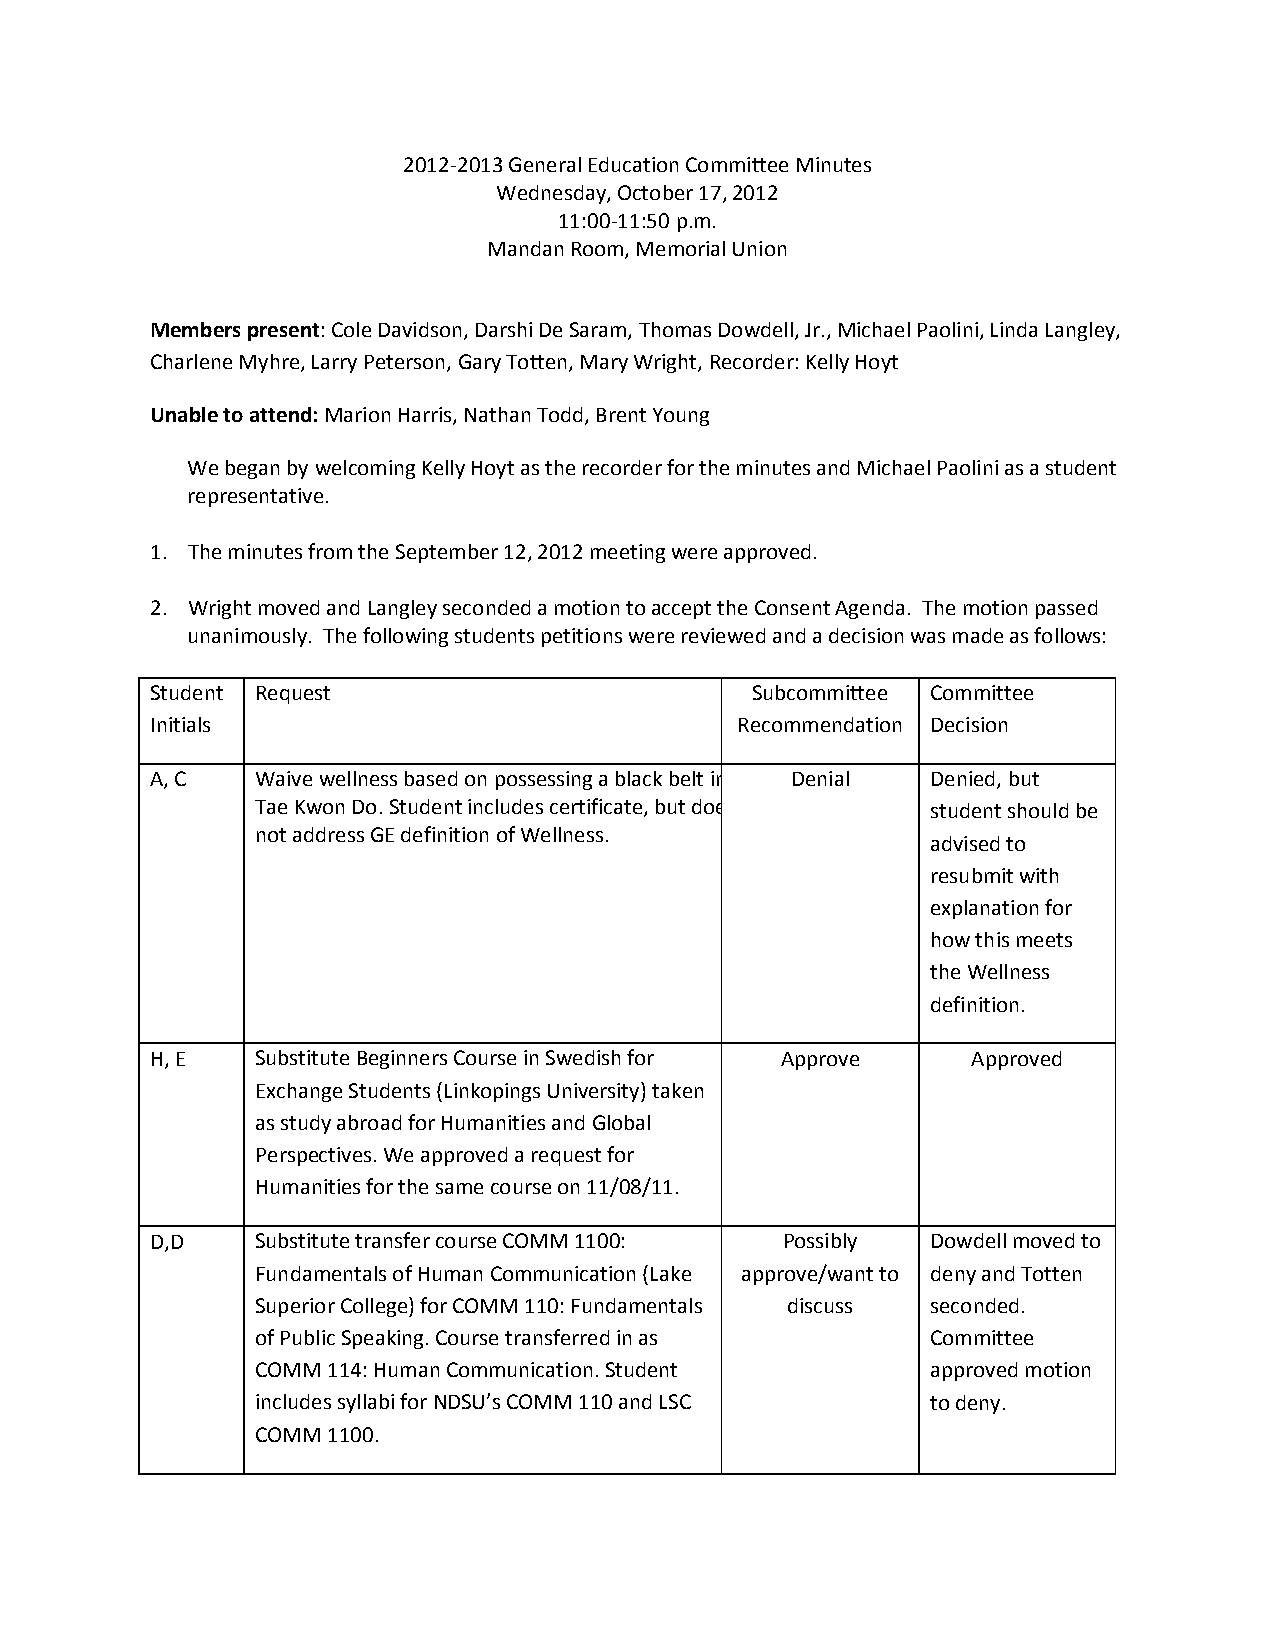
2012-2013 General Education Committee Minutes
 Wednesday, October 17, 2012
 11:00-11:50 p.m.
 Mandan Room, Memorial Union
 Members present: Cole Davidson, Darshi De Saram, Thomas Dowdell, Jr., Michael Paolini, Linda Langley,
 Charlene Myhre, Larry Peterson, Gary Totten, Mary Wright, Recorder: Kelly Hoyt
 Unable to attend: Marion Harris, Nathan Todd, Brent Young
 We began by welcoming Kelly Hoyt as the recorder for the minutes and Michael Paolini as a student
 representative.
 1. The minutes from the September 12, 2012 meeting were approved.
 2. Wright moved and Langley seconded a motion to accept the Consent Agenda. The motion passed
 unanimously. The following students petitions were reviewed and a decision was made as follows:
 Student Request                         Subcommittee Committee
 Initials                               Recommendation Decision
 A, C   Waive wellness based on possessing a black belt in Denial Denied, but
 Tae Kwon Do. Student includes certificate, but doe student should be
 not address GE definition of Wellness.
 advised to
 resubmit with
 explanation for
 how this meets
 the Wellness
 definition.
 H, E   Substitute Beginners Course in Swedish for Approve Approved
 Exchange Students (Linkopings University) taken
 as study abroad for Humanities and Global
 Perspectives. We approved a request for
 Humanities for the same course on 11/08/11.
 D,D    Substitute transfer course COMM 1100: Possibly Dowdell moved to
 Fundamentals of Human Communication (Lake approve/want to deny and Totten
 Superior College) for COMM 110: Fundamentals discuss seconded.
 of Public Speaking. Course transferred in as Committee
 COMM 114: Human Communication. Student       approved motion
 includes syllabi for NDSU’s COMM 110 and LSC to deny.
 COMM 1100.